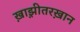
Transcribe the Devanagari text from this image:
ख़ाझ़ीतरख़ान